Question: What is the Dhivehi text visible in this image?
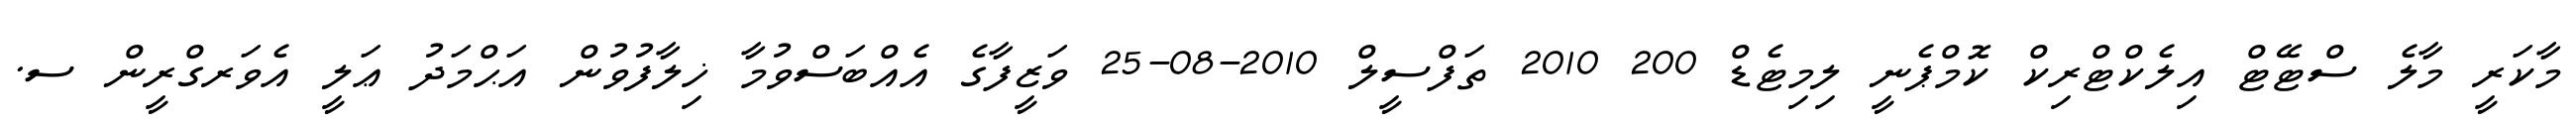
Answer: މާކަރީ މާލެ ސްޓޭޓް އިލެކްޓްރިކް ކޮމްޕެނީ ލިމިޓެޑް 200 2010 ތަފްސީލް 2010-08-25 ވަޒީފާގެ އެއްބަސްވުމާ ޚިލާފުވުން އަޙްމަދު ޢަލީ އެވަރގްރީން ސ.